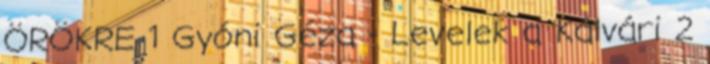
ÖRÖKRE 1 Gyóni Géza - Levelek a Kálvári 2